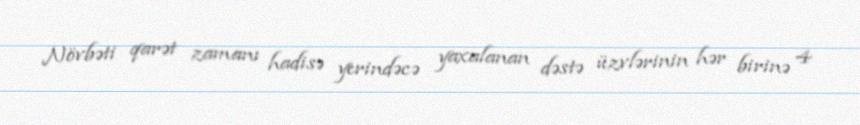
Növbəti qarət zamanı hadisə yerindəcə yaxalanan dəstə üzvlərinin hər birinə 4